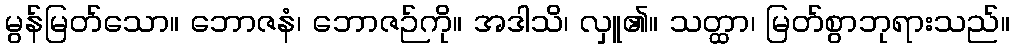
မွန်မြတ်သော။ ဘောဇနံ၊ ဘောဇဉ်ကို။ အဒါသိ၊ လှူ၏။ သတ္ထာ၊ မြတ်စွာဘုရားသည်။